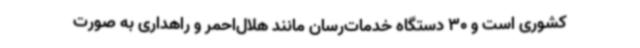
کشوری است و 30 دستگاه خدمات‌رسان مانند هلال‌احمر و راهداری به صورت